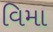
વિમા